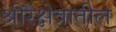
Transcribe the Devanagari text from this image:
श्रीरैक्षेत्रातील